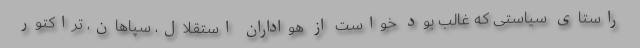
راستای سیاستی که غالب بود خواست از هواداران استقلال، سپاهان، تراکتور